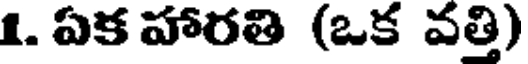
1. ఏక హారతి (ఒక వత్తి)